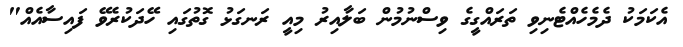
އެކަމަކު ދެމެހެއްޓެނިވި ތަރައްގީގެ ވިސްނުމުން ބަލާއިރު މިއީ ރަނގަޅު ގޮތުގައި ހޭދަކުރެވޭ ފައިސާއެއް"